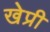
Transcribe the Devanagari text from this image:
खेप्री